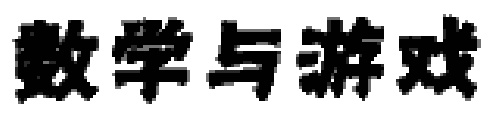
数学与游戏